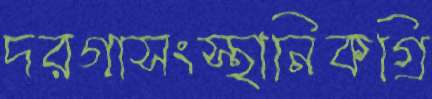
দরগাসংস্থানিকগ্রি